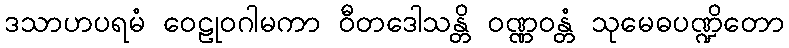
ဒသာဟပရမံ ဝေဠုဝဂါမကာ ဝီတဒေါသန္တိ ဝဏ္ဏဝန္တံ သုမေဓပဏ္ဍိတော